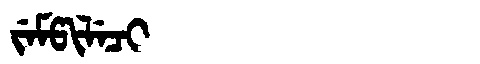
Manchu: ᠵᡝᠮᡦᡳᠯᡝᠴᡳ
Romanization: JEMPILECI